Annual administration report of the Civil Veterinary Department of India - 1909-1910
Year: 1909
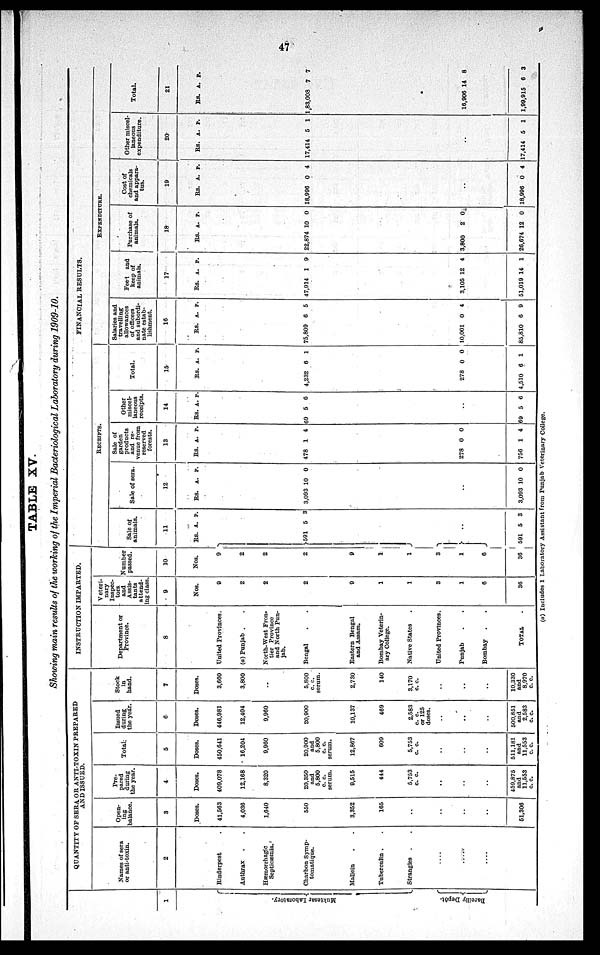
47
TABLE XV.
Showing main results of the working of the Imperial Bacteriological Laboratory during 1909-10.
1
Muktesat
Laboratory
Bareilly Depôt.
QUANTITY OF SERA OR ANTI-TOXIN PREPARED
AND ISSUED.
Names of sera
or anti-toxin.
2
Rinderpest .
Anthrax . .
Hæmorrhagic
Septicæmia.
Charbon Symp¬
tomatique.
Mallein . .
Tuberculin . .
Strangles . .
....
....
....
Open-
ing
balance.
3
Doses.
41,563
4,036
1,640
550
3,352
165
..
..
..
..
51,306
Pre-
pared
during
the year.
4
Doses.
409,078
12,168
8,320
20,350
and
5,800
c. c.
serum.
0,515
444
5,753
c. c.
..
..
..
459,875
and
11,553
c. c.
Total.
5
Doses.
450,641
16,204
9,960
20,900
and
5,800
c. c.
serum.
12,867
609
5,753
c. c.
..
..
..
511, 181
and
11,553
c. c.
Issued
during
the year.
6
Doses.
446,981
12,404
9,960
20,900
10,137
469
2,583
c. c.
or 125
doses.
..
..
..
500,851
and
2,583
c. c.
Stock
in
hand.
7
Doses.
3,660
3,800
..
5,800
c. c.
serum.
2,730
140
3,170
c. c.
..
..
..
10,330
and
8,970
c. c.
INSTRUCTION IMPARTED.
Department or
Province.
8
United Provinces.
(a) Punjab . .
North-West Fron-
tier Province
and North Pun-
jab.
Bengal . .
Eastern Bengal
and Assam.
Bombay Veterin-
ary College.
Native States .
United Provinces.
Punjab . .
Bombay . .
TOTAL .
Veteri-
nary
Inspec-
tors
and
Assis-
tants
attend-
ing class.
9
Nos.
0
2
2
2
9
1
1
3
1
6
36
Number
passed.
10
Nos.
9
2
2
2
9
1
1
3
1
6
36
FINANCIAL RESULTS.
RECEIPTS.
Sale of
animals.
11
Rs.
591
..
591
A.
5
5
P.
3
3
Sale of sera.
12
Rs.
3,093
..
3,093
A.
10
10
P.
0
0
Sale of
garden
products
and re-
venue from
reserved
forests.
13
Rs.
478
278
756
A.
1
0
1
P.
4
0
4
Other
miscel-
laneous
receipts.
14
Rs.
69
..
69
A.
5
5
P.
6
6
Total.
15
Rs.
4,232
278
4,510
A.
6
0
6
P.
1
0
1
EXPENDITURE.
Salaried and
travelling
allowances
of officers
and subordi-
nate estab¬
lishment.
16
Rs.
75,809
10,001
85,810
A.
6
0
6
P.
5
4
9
Feed and
keep of
animals.
17
Rs.
47,914
3,105
51,019
A.
1
12
14
P.
9
4
1
Purchase of
animals.
18
Rs.
22,874
3,800
26,674
A.
10
2
12
P.
0
0
0
Cost of
chemicals
and appara¬
tus.
19
Rs.
18,996
..
18,996
A.
0
0
P.
4
4
Other miscel-
laneous
expenditure.
20
Rs.
17,414
..
17,414
A.
5
5
P.
1
1
Total.
21
Rs.
1,83,008
16,906
1,99,915
A.
7
14
6
P.
7
8
3
(a) Includes 1 Laboratory Assistant from Punjab Veterinary College.